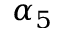
\alpha _ { 5 }